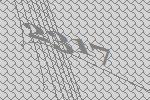
2317